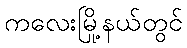
ကလေးမြို့နယ်တွင်